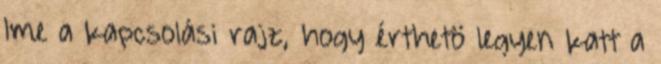
Ime a kapcsolási rajz, hogy érthetö legyen katt a